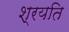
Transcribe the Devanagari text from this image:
श्रयति